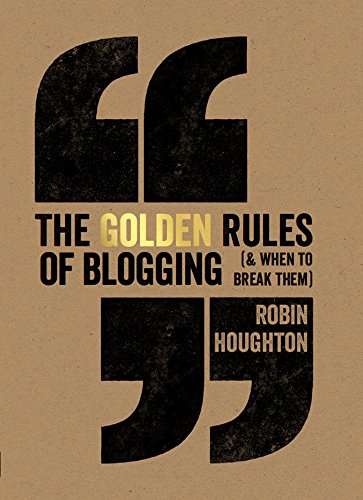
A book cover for The Golden Rules Of Blogging; Robin Houghton; Computers & Technology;